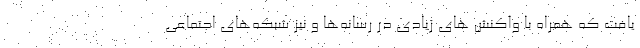
یافت که همراه با واکنش های زیادی در رسانه‌ها و نیز شبکه‌های اجتماعی